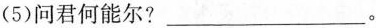
(5)问君何能尔？___。